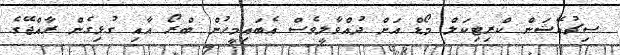
ސިޗުއޭޝަން ކްރިޓިކަލް މޯޑް އަށް ދުއްވާލީވެސް އެބައިމީހުން ބްރޯ އާއި ގުޅިގެން ރާއްޖޭގެ